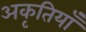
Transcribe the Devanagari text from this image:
अकृतियाँ